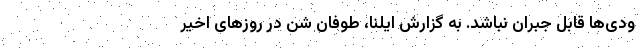
ودی‌ها قابل جبران نباشد. به گزارش‌ ایلنا، طوفان شن در روزهای اخیر